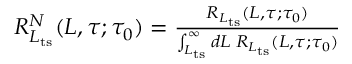
\begin{array} { r } { R _ { L _ { \mathrm { t s } } } ^ { N } ( L , \tau ; \tau _ { 0 } ) = \frac { R _ { L _ { \mathrm { t s } } } ( L , \tau ; \tau _ { 0 } ) } { \int _ { L _ { \mathrm { t s } } } ^ { \infty } d L \; R _ { L _ { \mathrm { t s } } } ( L , \tau ; \tau _ { 0 } ) } } \end{array}